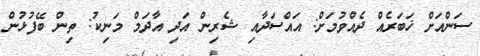
ސަންއަށް ޚަބަރެއް ދެއްވުމަށް: އައްސަދާއި ޝެރިން އަދި އާދަމް މަނިކު: ތިން ބޭފުޅުން